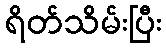
ရိတ်သိမ်းပြီး